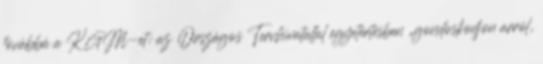
továbbá a KGM-et: az Országos Tervhivatallal egyetértésben „gondoskodjon arról,